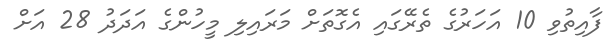
ފާއިތުވި 10 އަހަރުގެ ތެރޭގައި އެގޮތަށް މަރައިލި މީހުންގެ އަދަދު 28 އަށް